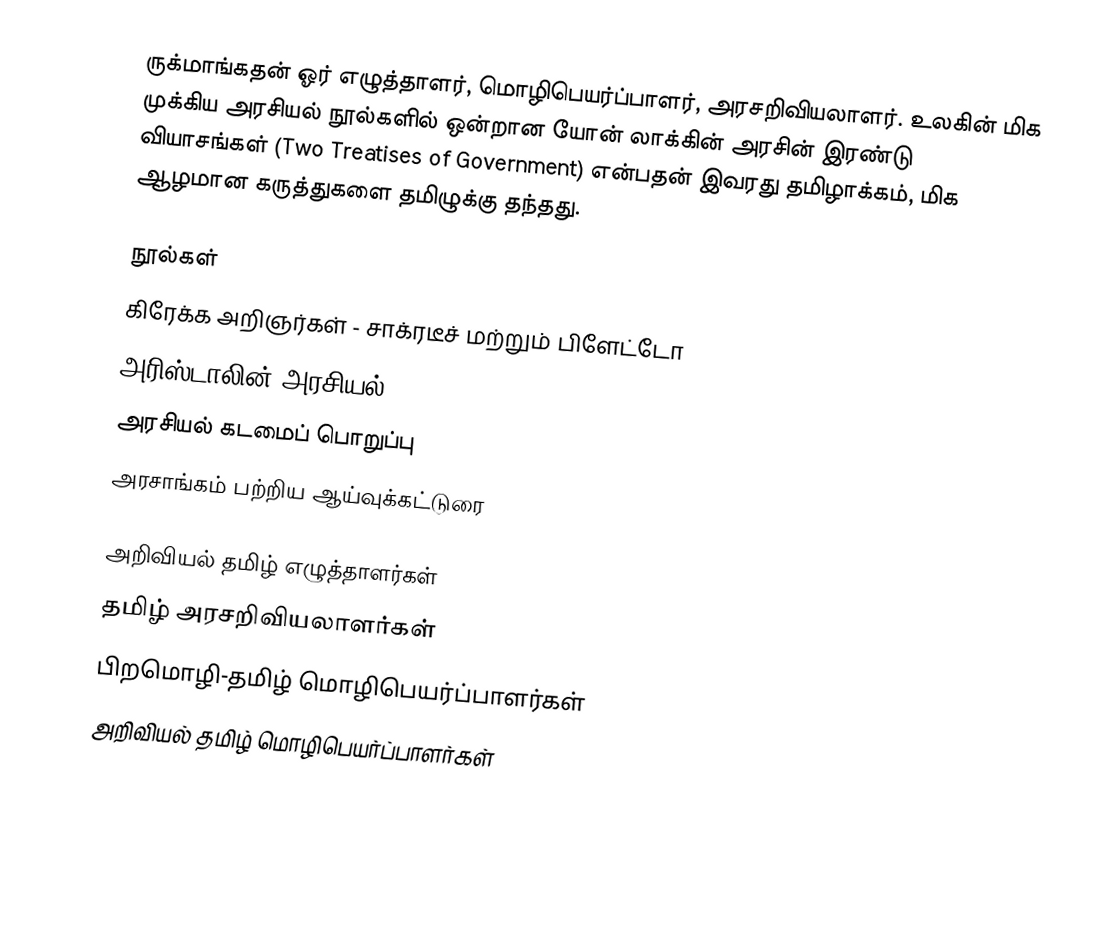
ருக்மாங்கதன் ஓர் எழுத்தாளர், மொழிபெயர்ப்பாளர், அரசறிவியலாளர்.  உலகின் மிக முக்கிய அரசியல் நூல்களில் ஒன்றான யோன் லாக்கின் அரசின் இரண்டு வியாசங்கள் (Two Treatises of Government) என்பதன் இவரது தமிழாக்கம், மிக ஆழமான கருத்துகளை தமிழுக்கு தந்தது.

நூல்கள்
 கிரேக்க அறிஞர்கள் - சாக்ரடீச் மற்றும் பிளேட்டோ
 அரிஸ்டாலின் அரசியல்
 அரசியல் கடமைப் பொறுப்பு
 அரசாங்கம் பற்றிய ஆய்வுக்கட்டுரை

அறிவியல் தமிழ் எழுத்தாளர்கள்
தமிழ் அரசறிவியலாளர்கள்
பிறமொழி-தமிழ் மொழிபெயர்ப்பாளர்கள்
அறிவியல் தமிழ் மொழிபெயர்ப்பாளர்கள்